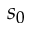
s _ { 0 }